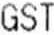
GST